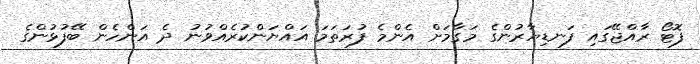
ފޮޓޯ ރާއްޖޭގައި ފަނޑިޔާރުންގެ މަގާމަށް އެންމެ ފުރަތަމަ އައްޔަންކުރެއްވުނު ދެ އަންހެން ބޭފުޅުންގެ